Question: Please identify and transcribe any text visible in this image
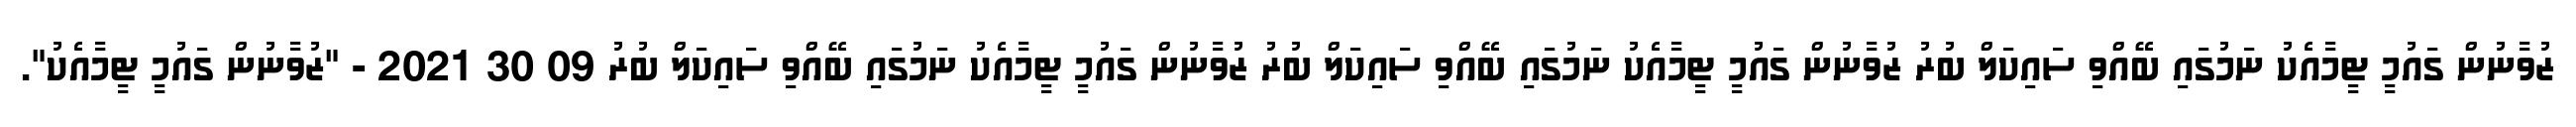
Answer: ޒުވާނުން ގައުމީ ޓީމާއެކު ނަމުގައި ބޭއްވި ސައިކަލް ބުރު ޒުވާނުން ގައުމީ ޓީމާއެކު ނަމުގައި ބޭއްވި ސައިކަލް ބުރު ޒުވާނުން ގައުމީ ޓީމާއެކު ނަމުގައި ބޭއްވި ސައިކަލް ބުރު 09 30 2021 - "ޒުވާނުން ގައުމީ ޓީމާއެކު".